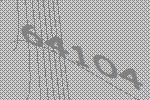
64104